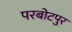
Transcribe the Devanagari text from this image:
परबोटपुर